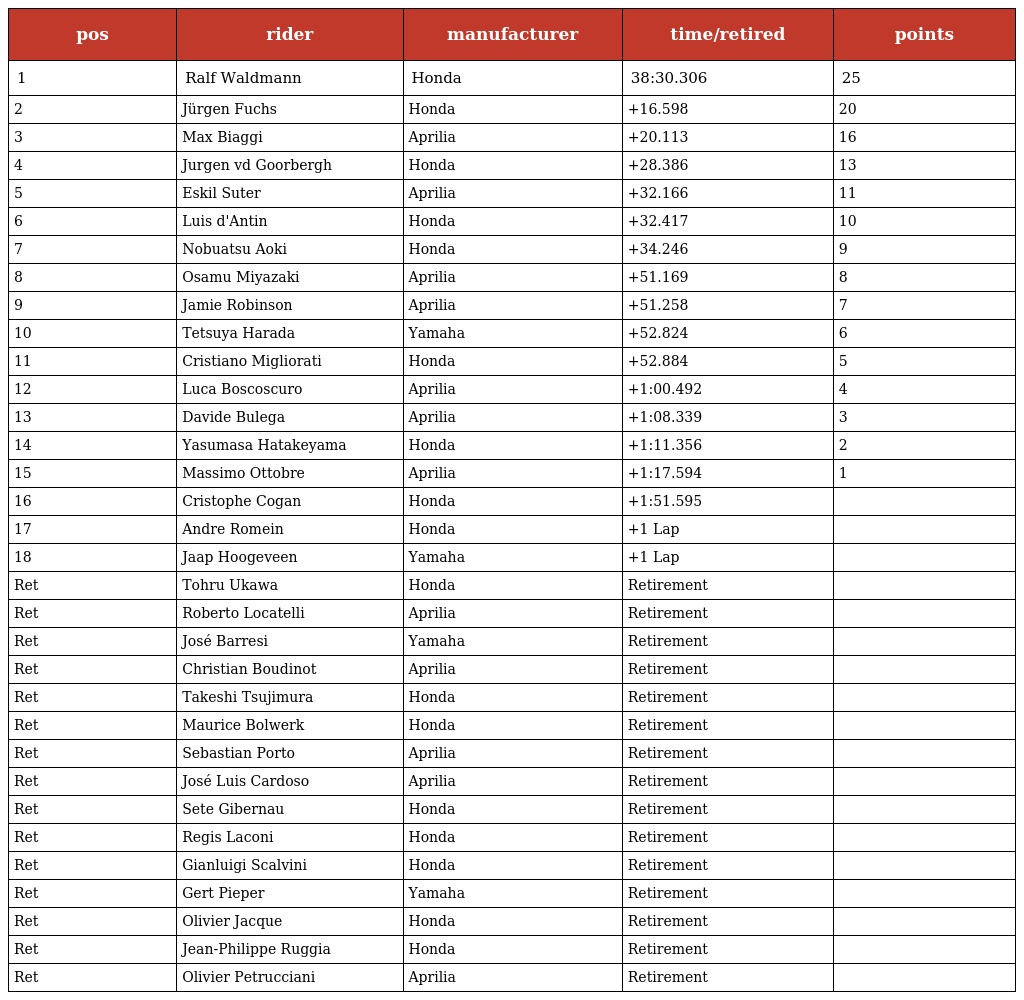
| pos | rider | manufacturer | time/retired | points |
 | --- | --- | --- | --- | --- |
 | 1 | Ralf Waldmann | Honda | 38:30.306 | 25 |
 | 2 | Jürgen Fuchs | Honda | +16.598 | 20 |
 | 3 | Max Biaggi | Aprilia | +20.113 | 16 |
 | 4 | Jurgen vd Goorbergh | Honda | +28.386 | 13 |
 | 5 | Eskil Suter | Aprilia | +32.166 | 11 |
 | 6 | Luis d'Antin | Honda | +32.417 | 10 |
 | 7 | Nobuatsu Aoki | Honda | +34.246 | 9 |
 | 8 | Osamu Miyazaki | Aprilia | +51.169 | 8 |
 | 9 | Jamie Robinson | Aprilia | +51.258 | 7 |
 | 10 | Tetsuya Harada | Yamaha | +52.824 | 6 |
 | 11 | Cristiano Migliorati | Honda | +52.884 | 5 |
 | 12 | Luca Boscoscuro | Aprilia | +1:00.492 | 4 |
 | 13 | Davide Bulega | Aprilia | +1:08.339 | 3 |
 | 14 | Yasumasa Hatakeyama | Honda | +1:11.356 | 2 |
 | 15 | Massimo Ottobre | Aprilia | +1:17.594 | 1 |
 | 16 | Cristophe Cogan | Honda | +1:51.595 |  |
 | 17 | Andre Romein | Honda | +1 Lap |  |
 | 18 | Jaap Hoogeveen | Yamaha | +1 Lap |  |
 | Ret | Tohru Ukawa | Honda | Retirement |  |
 | Ret | Roberto Locatelli | Aprilia | Retirement |  |
 | Ret | José Barresi | Yamaha | Retirement |  |
 | Ret | Christian Boudinot | Aprilia | Retirement |  |
 | Ret | Takeshi Tsujimura | Honda | Retirement |  |
 | Ret | Maurice Bolwerk | Honda | Retirement |  |
 | Ret | Sebastian Porto | Aprilia | Retirement |  |
 | Ret | José Luis Cardoso | Aprilia | Retirement |  |
 | Ret | Sete Gibernau | Honda | Retirement |  |
 | Ret | Regis Laconi | Honda | Retirement |  |
 | Ret | Gianluigi Scalvini | Honda | Retirement |  |
 | Ret | Gert Pieper | Yamaha | Retirement |  |
 | Ret | Olivier Jacque | Honda | Retirement |  |
 | Ret | Jean-Philippe Ruggia | Honda | Retirement |  |
 | Ret | Olivier Petrucciani | Aprilia | Retirement |  |